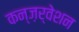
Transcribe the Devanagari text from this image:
कन्ज़र्वेशन